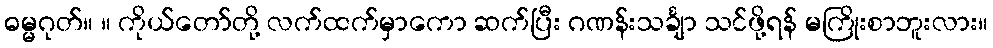
ဓမ္မဂုတ်။ ။ ကိုယ်တော်တို့ လက်ထက်မှာကော ဆက်ပြီး ဂဏန်းသင်္ချာ သင်ဖို့ရန် မကြိုးစာဘူးလား။